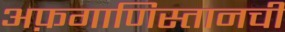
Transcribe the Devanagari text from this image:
अफ़गाणिस्तानची